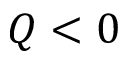
Q < 0